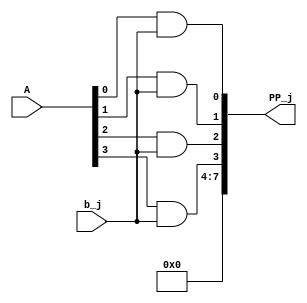
module Mult_AND5(
input [3:0] A,
input b_j,
output reg [7:0] PP_j
);


    
always @ (*)
begin
   PP_j <= {A[3] & b_j, A[2] & b_j, A[1] & b_j, A[0] & b_j};
end
endmodule